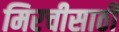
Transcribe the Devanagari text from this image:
मिरचीसाठी